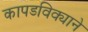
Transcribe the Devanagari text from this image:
कापडविक्याने